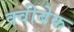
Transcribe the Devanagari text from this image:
क्वीबेक